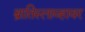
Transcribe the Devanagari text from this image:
ब्रातिस्लाव्हावर